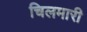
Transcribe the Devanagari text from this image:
चिलमारी